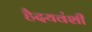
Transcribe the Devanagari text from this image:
हैदयवंशी